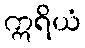
ဣရိယံ